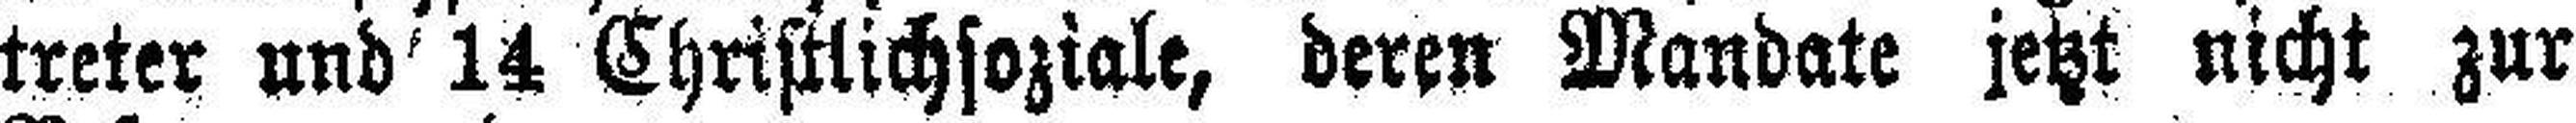
treter und 14 Christlichsoziale, deren Mandate jetzt nicht zur